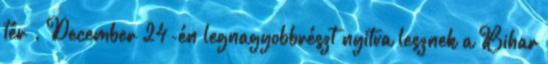
tér . December 24-én legnagyobbrészt nyitva lesznek a Bihar